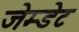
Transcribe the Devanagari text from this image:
जेम्डेट